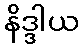
နိဒ္ဒါယ